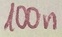
Text: 100n